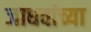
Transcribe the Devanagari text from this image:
जाधवांच्या